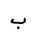
Letter: _ba